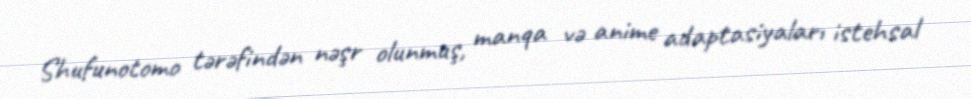
Shufunotomo tərəfindən nəşr olunmuş, manqa və anime adaptasiyaları istehsal